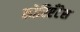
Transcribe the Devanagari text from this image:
कोरिएँटेस